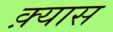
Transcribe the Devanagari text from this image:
क़्यास